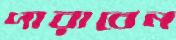
পারাবেন